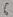
Text: 6